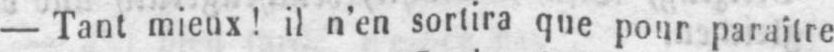
- Tant mieux! il n’en sortira que pour paraître